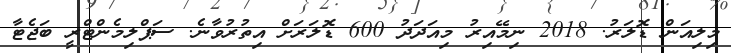
މިލިއަން ޑޮލަރު. 2018 ނިމޭއިރު މިއަދަދު 600 ޑޮލަަރަށް އިތުރުވާނެ. ސަޕްލިމެންޓްރީ ބަޖެޓާ